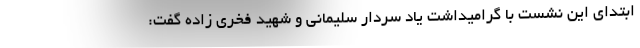
ابتدای این نشست با گرامیداشت یاد سردار سلیمانی و شهید فخری زاده گفت: